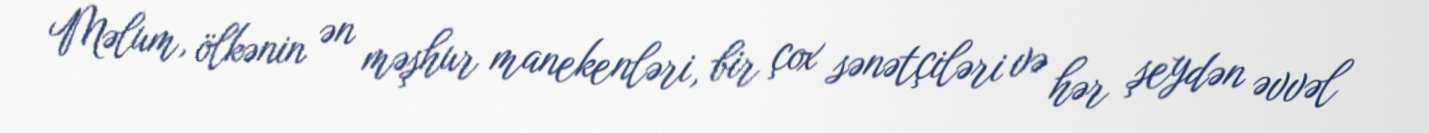
Məlum, ölkənin ən məşhur manekenləri, bir çox sənətçiləri və hər şeydən əvvəl